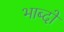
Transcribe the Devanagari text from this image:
भाब्दों